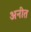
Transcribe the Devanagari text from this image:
अनीत